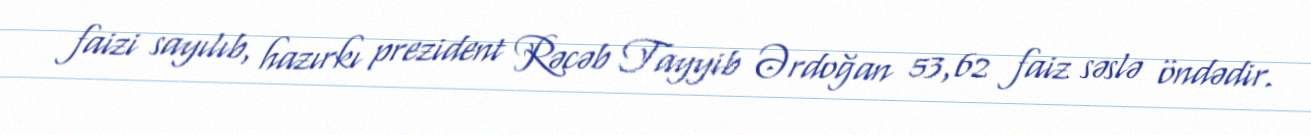
faizi sayılıb, hazırkı prezident Rəcəb Tayyib Ərdoğan 53,62 faiz səslə öndədir.